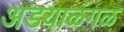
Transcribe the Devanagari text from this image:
अडयाळंगळ